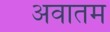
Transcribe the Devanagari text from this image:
अवातम